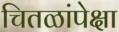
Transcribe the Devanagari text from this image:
चितळांपेक्षा